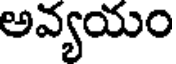
అవ్యయం